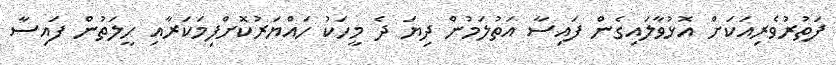
ފަތުރުވެރިއަކަށް އޮޅުވާލައިގެން ފައިސާ އަތުލަމުން ދިޔަ ދެ މީހަކު ހައްޔަރުކޮށްފިމަކަރާއި ހީލަތުން ފައިސާ